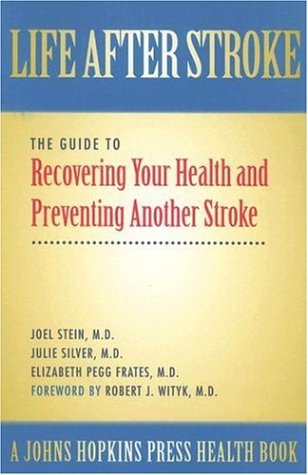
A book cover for Life After Stroke: The Guide to Recovering Your Health and Preventing Another Stroke (A Johns Hopkins Press Health Book); Joel Stein; Health, Fitness & Dieting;